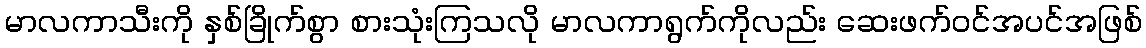
မာလကာသီးကို နှစ်ခြိုက်စွာ စားသုံးကြသလို မာလကာရွက်ကိုလည်း ဆေးဖက်ဝင်အပင်အဖြစ်